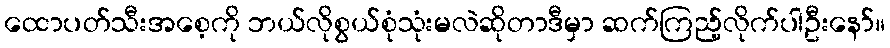
ထောပတ်သီးအစေ့ကို ဘယ်လိုစွယ်စုံသုံးမလဲဆိုတာဒီမှာ ဆက်ကြည့်လိုက်ပါဦးနော်။